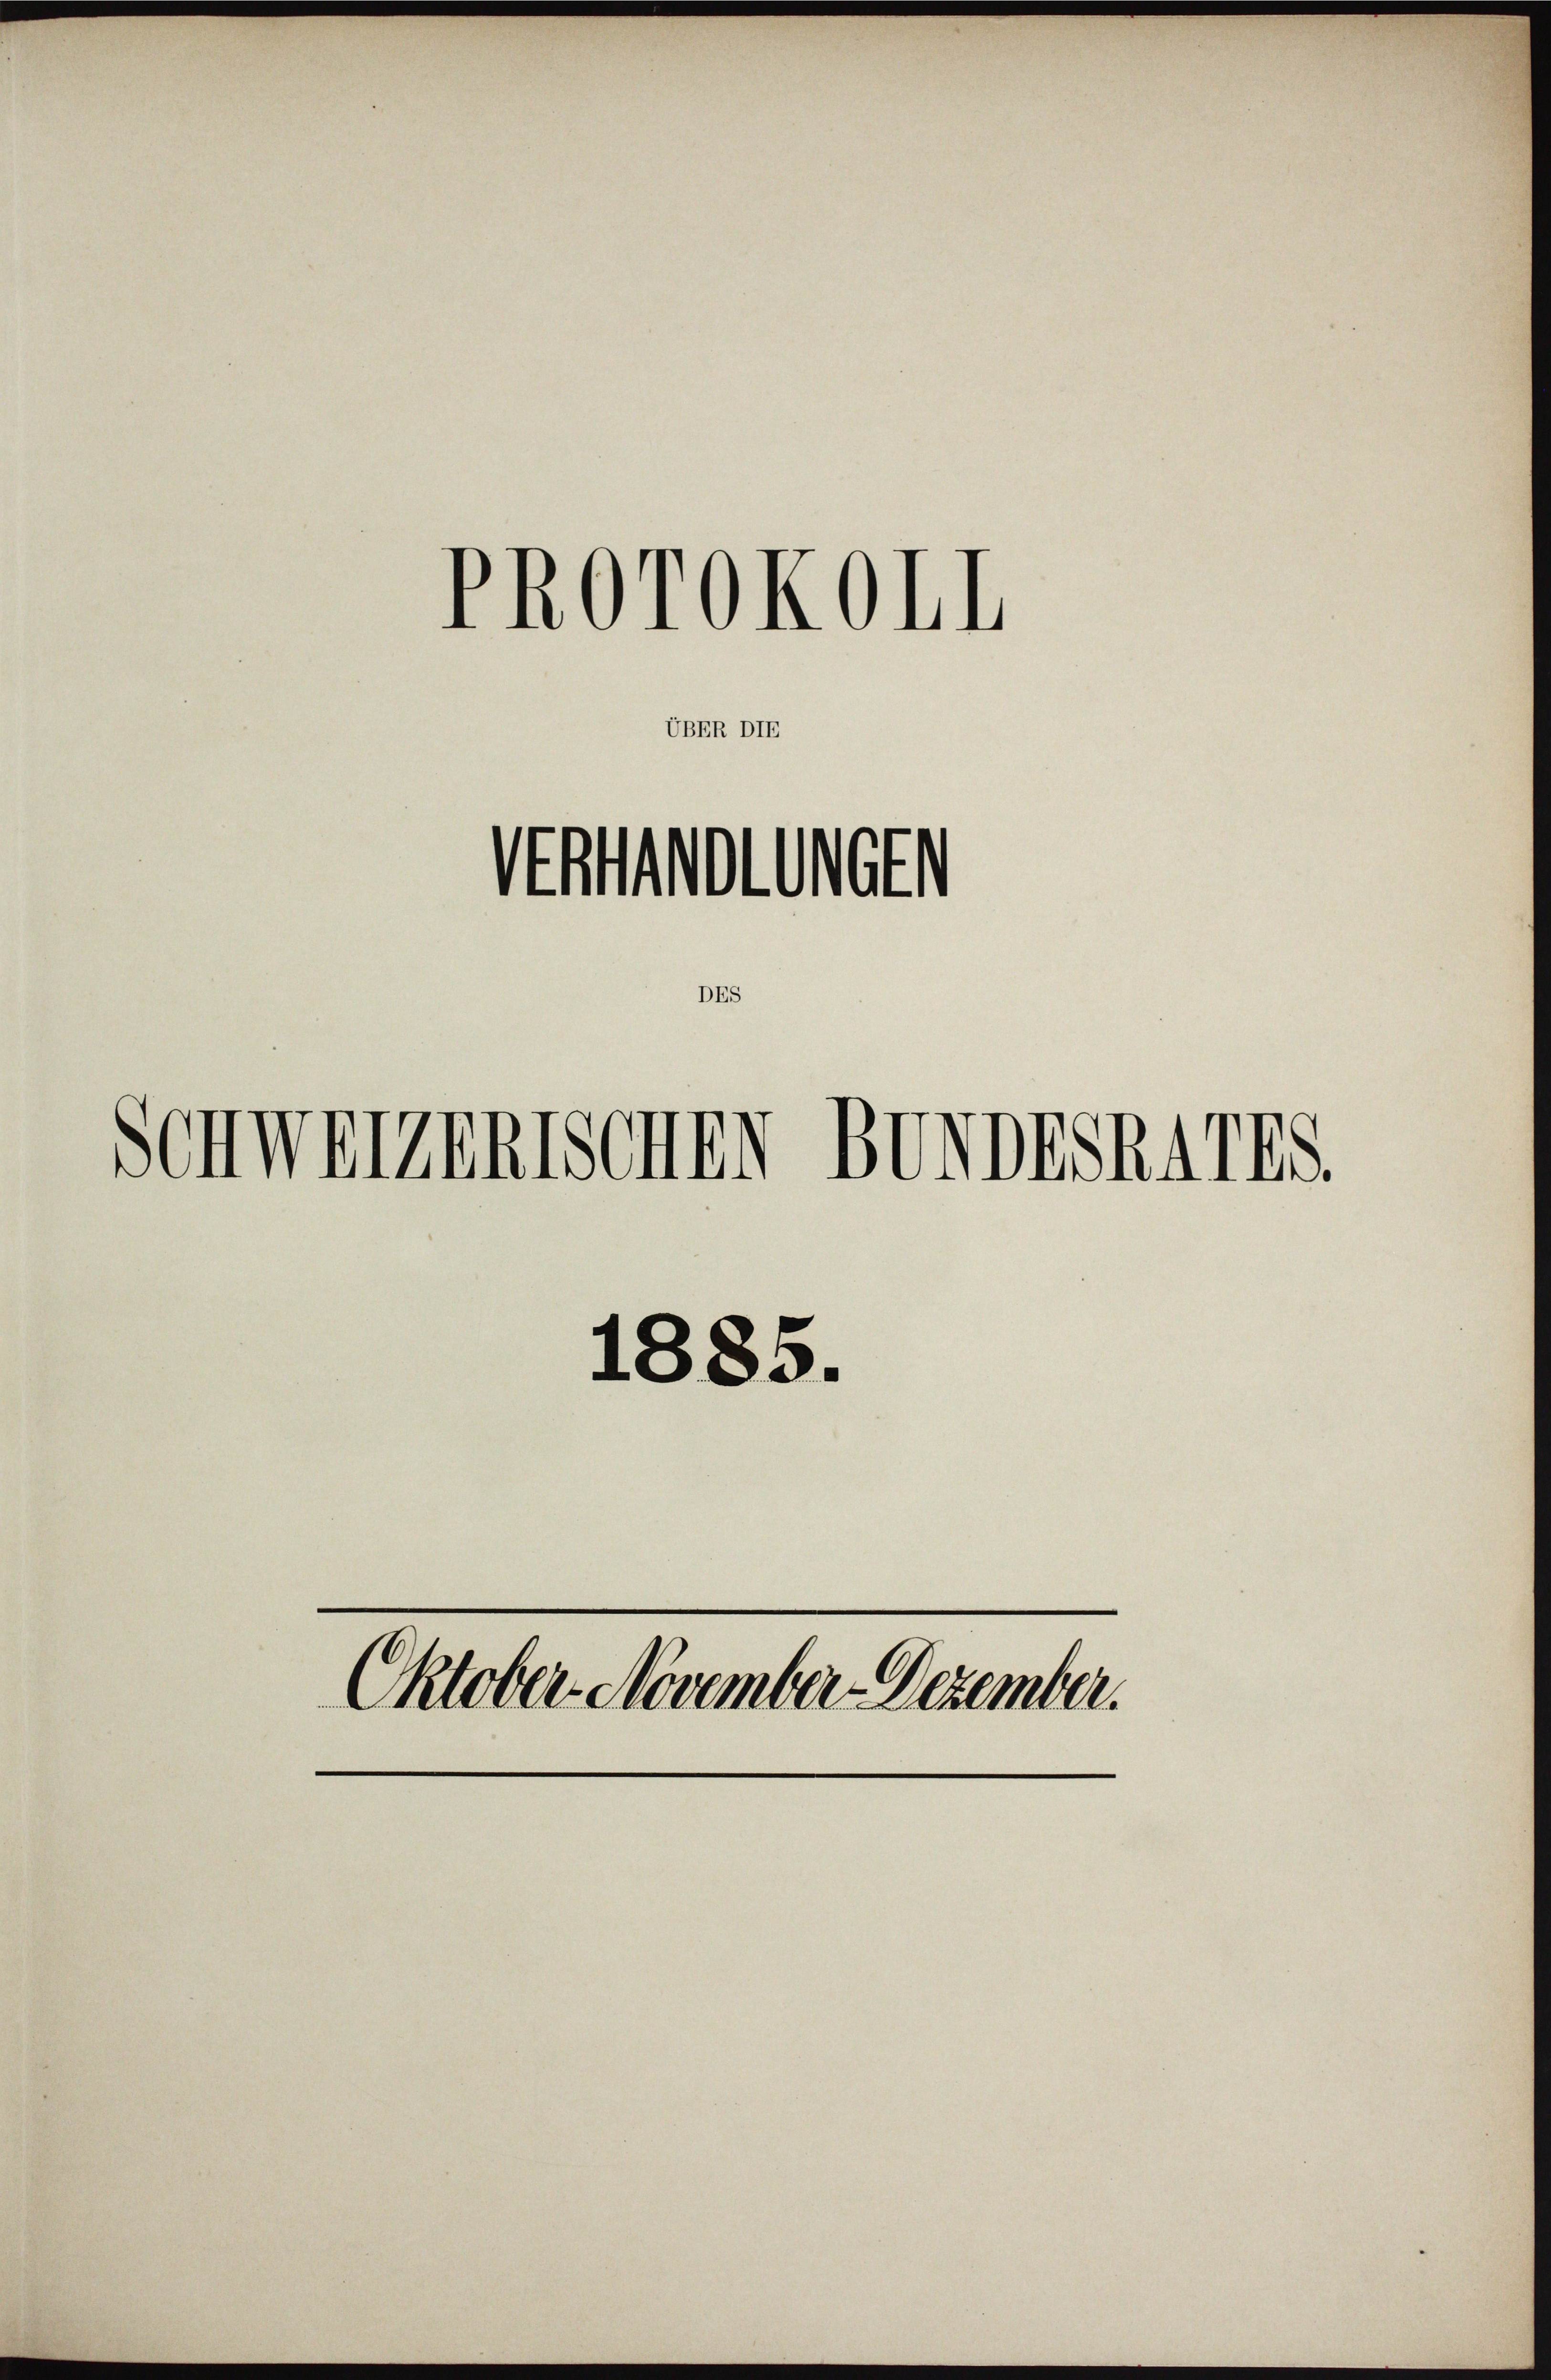
UBER DIE

PROTOKOII

Vertretungen

Schweizerischen Bundeskarts.

1885.
Oktober. November Dezember.